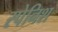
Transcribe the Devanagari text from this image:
स्‍पेनिश्‍ा